Indian Civil Veterinary Department memoirs
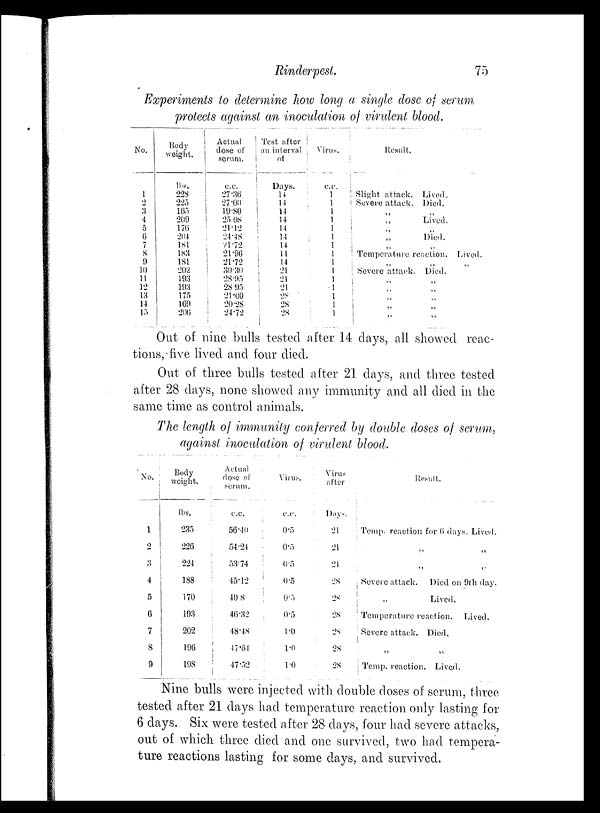
Rinderpest.
75
Experiments to determine how long a single dose of serum
protects against an inoculation of virulent blood.
No.
1
2
3
4
5
6
7
8
9
10
11
12
13
14
15
Body
weight.
lbs.
228
225
165
209
176
204
181
183
181
202
193
193
175
169
206
Actual
dose of
serum.
c.c.
27.36
27.00
19.80
25.08
21.12
24.48
21.72
21.96
21.72
30.30
28.95
28.95
21.00
20.28
24.72
Test after
an interval
of
Days.
14
14
14
14
14
14
14
14
14
21
21
21
28
28
28
Virus.
c.c.
1
1
1
1
1
1
1
1
1
1
1
1
1
1
1
Result.
Slight attack.
Severe attack.
„
„
„
„
„
Temperature reaction
„
Severe attack.
„
„
„
„
„
Lived.
Died.
„
Lived.
„
Died.
„
„
Died.
„
„
„
„
„
Lived.
„
Out of nine bulls tested after 14 days, all showed reac-
tions, five lived and four died.
Out of three bulls tested after 21 days, and three tested
after 28 days, none showed any immunity and all died in the
same time as control animals.
The length of immunity conferred by double doses of serum,
against inoculation of virulent blood.
No.
1
2
3
4
5
6
7
8
9
Body
weight.
lbs.
235
226
224
188
170
193
202
196
198
Actual
dose of
serum.
c.c.
56.40
54.24
53.74
45.12
40.8
46.32
48.48
47.64
47.52
Virus.
c.c.
0.5
0.5
0.5
0.5
0.5
0.5
1.0
1.0
1.0
Virus
after
Days.
21
21
21
28
28
28
28
28
28
Result.
Temp. reaction for 6 days. Lived.
„ „
„ „
Severe attack.
Died on 9th day.
„
Lived.
Temperature reaction.
Lived.
Severe attack.
Died.
„ „
Temp. reaction. Lived.
Nine bulls were injected with double doses of serum, three
tested after 21 days had temperature reaction only lasting for
6 days. Six were tested after 28 days, four had severe attacks,
out of which three died and one survived, two had tempera-
ture reactions lasting for some days, and survived.